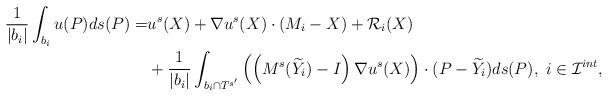
LaTeX: \begin{align*}\frac{1}{|b_i|}\int_{b_i}u(P)ds(P)=&u^{s}(X)+\nabla u^{s}(X)\cdot (M_i-X) + \mathcal{R}_i(X) \\&+\frac{1}{|b_i|}\int_{b_i\cap T^{s'}} \left(\left( M^{s}(\widetilde{Y}_i)-I \right)\nabla u^{s}(X)\right) \cdot (P-\widetilde{Y}_i) ds(P), ~ i\in \mathcal{I}^{int},\end{align*}